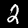
Label: 2